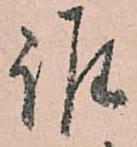
誰